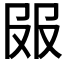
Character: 𰆼